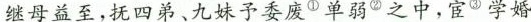
继母益至，抚四弟、九妹予委废^{①}单弱^{②}之中，宦^{③}学婚